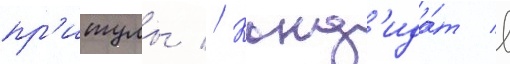
пр'итулы // Канд'ида́т в